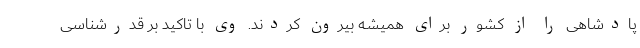
پادشاهی را از کشور برای همیشه بیرون کردند. وی با تاکید بر قدرشناسی